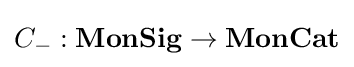
C_{-}:\mathbf {MonSig} \to \mathbf {MonCat}